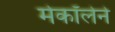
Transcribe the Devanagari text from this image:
मेकॉलेने